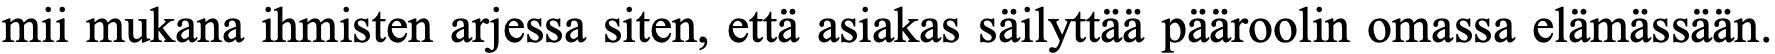
mii mukana ihmisten arjessa siten, että asiakas säilyttää pääroolin omassa elämässään.